Report of the Indian Hemp Drugs Commission, 1894-1895 - Volume VI
Year: 1894
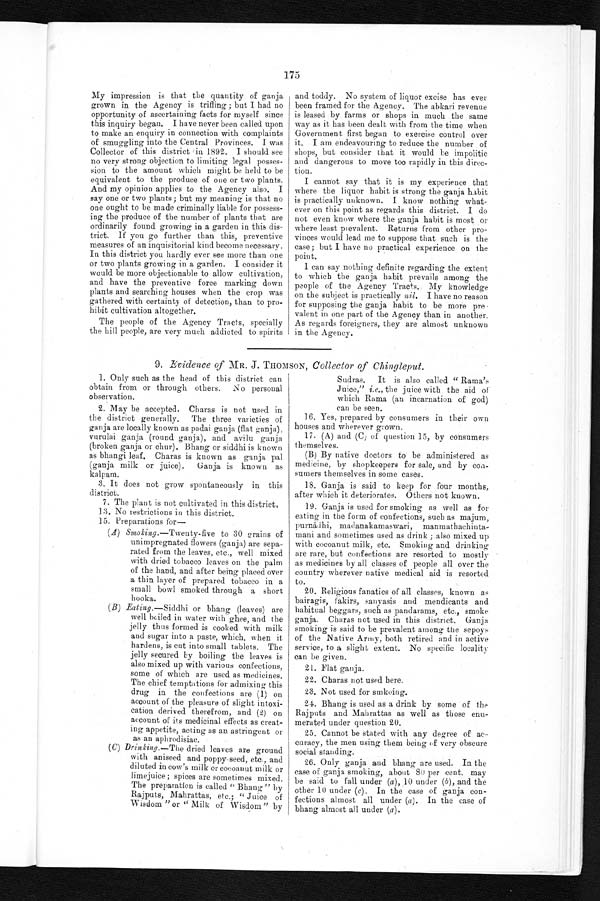
175
My impression is that the quantity of ganja
grown in the Agency is trifling ; but I had no
opport uni t y of ascert ai ni ng fact s for mysel f si nce
this inquiry began. I have never been called upon
to make an enquiry in connection with complaints
of smuggling into the Central Provinces. I was
Collector of this district in 1892. I should see
no very strong objection to limiting legal posses-
sion to the amount which might be held to be
equivalent to the produce of one or two plants.
And my opinion applies to the Agency also. I
say one or two plants; but my meaning is that no
one ought to be made criminally liable for possess-
ing the produce of the number of plants that are
ordinarily found growing in a garden in this dis-
trict. If you go further than this, preventive
measures of an inquisitorial kind become necessary.
In this district you hardly ever see more than one
or two plants growing in a garden. I consider it
would be more objectionable to allow cultivation,
and have the preventive force marking down
plants and searching houses when the crop was
gathered with certainty of detection, than to pro-
hibit cultivation altogether,
The people of the Agency Tracts, specially
the hill people, are very much addicted to spirits
and toddy. No system of liquor excise has ever
been framed for the Agency. The abkari revenue
is leased by farms or shops in
m u c h t h e s a m e w a y a s i t h a s b e e n d e a l t w i t h f r o m t h e t i m e w h e n
Government first began to exercise control over
it. I am endeavouring to reduce the number of
shops, but consider that it would be impolitic
and dangerous to move too rapidly in this direc-
tion.
I cannot say that it is my experience that
where the liquor habit is strong the ganja habit
is practically unknown. I know nothing what-
ever on this point as regards this district. I do
not even know where the ganja habit is most or
where least prevalent. Returns from other pro-
vinces would lead me to suppose that such is the
case; but I have no practical experience on the
point.
I can say nothing definite regarding the extent
to which the ganja habit prevails among the
people of the Agency Tracts. My knowledge
on the subject is practically nil. I have no reason
for supposing the ganja habit to be more pre
valent in one part of the Agency than in another.
As regards foreigners, they are almost unknown
i i n t h e A g e n c y .
9. Evidence of MR. J. THOMSON, Collector of Chingleput.
1. Only such as the head of this district can
obtain from or through others. No personal
observation.
2. May be accepted. Charas is not used in
the district generally. The three varieties of
ganja are locally known as padai ganja (flat ganja),
vurulai ganja (round ganja), and avilu ganja
(broken ganja or chur). Bhang or siddhi is known
as bhangi leaf. Charas is known as ganja pal
(ganja milk or juice). Ganja is known as
kalpam.
3. It does not grow spontaneously in this
district.
7. The plant is not cultivated in this district
13. No restrictions in this district.
15. Preparations for
(A) Smoking .—Twenty -five to 30 grains of
unimpregnated flowers (ganja) are sepa-
rated from the leaves, etc., well mixed
with dried tobacco leaves on the palm
of the hand, and after being placed over
a thin layer of prepared tobacco in a
small bowl smoked through a short
hooka.
(B)
Eating.—Siddhi or bhang (leaves) are
well boiled in water with ghee, and the
jelly thus formed is cooked with milk
and sugar into a paste, which, when it
hardens, is cut into small tablets. The
jelly secured by boiling the leaves is
also mixed up with various confections,
some of which are used as medicines.
The chief temptations for admixing this
drug in the confections are (1) on
account of the pleasure of slight intoxi-
cation derived therefrom, and (2) on
account of its medicinal effects as creat-
ing appetite, acting as an astringent or
as an aphrodisiac.
(C) Drinking.—The dried leaves are ground
with aniseed and poppy seed, etc., and
diluted in cow's milk or cocoanut milk or
limejuice; spices are sometimes mixed.
The preparation is called " Bhang" by
Rajputs, Mahrattas, etc.; " Juice of
Wisdom " or " Milk of Wisdom" by
Sudras. It is also called " Rama',s
Juice," i.e., the juice with the aid of
which Rama (an incarnation of god)
can be seen.
16. Yes, prepared by consumers in their own
houses and wherever grown.
17. (A) and (C)of question 15, by consumers
themselves.
(B) By native doctors to be administered as
medicine, by shopkeepers for sale, and by
consumers themselves in some cases.
18. Ganja is said to keep for four months,
after which it deteriorates. Others not known.
19. Ganja is used for smoking as well as for
eating in the form of confections, such as majum,
purnă d h i , m a d a n a k a m a s w a r i ,
m a n m a t h a c h i n t a m a n i a n d s o m e t i m e s u s e d a s d r i n k ; a l s o m i x e d u p
with cocoanut milk, etc. Smoking and drinking
are rare, but confections are resorted to mostly
as medicines by all classes of people all over the
country wherever native medical aid is resorted
to.
20. Religious fanatics of all classes, known as
bairagis, fakirs, sanyasis and mendicants and
habitual beggars, such as pandarams, etc., smoke
ganja. Charas not used in this district. Ganja
smoking is said to be prevalent among the sepoys
of the Native Army, both retired and in active
service, to a slight extent. No specific locality
can be given.
21. Flat ganja.
22. Charas not used here.
23. Not used for smkoing.
24. Bhang is used as a drink by some of the
Rajputs and Mahrattas as well as those enu-
merated under question 20.
25. Cannot be stated with any degree of ac-
curacy, the men using them being of very obscure
social standing.
26. Only ganja and bhang are used. In the
case of ganja smoking, about 80 per cent. may
be said to fall under (a), 10 under (b), and the
other 10 under (c). In the case of ganja con-
fections almost all under (a). In the case of
bhang almost all under (a).